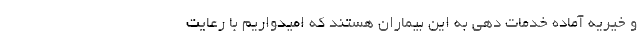
و خیریه آماده خدمات دهی به این بیماران هستند که امیدواریم با رعایت‌